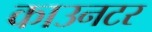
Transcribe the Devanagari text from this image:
काउनटर